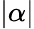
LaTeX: |\alpha|